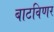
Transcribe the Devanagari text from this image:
बाटविणर